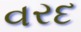
વરદ